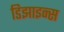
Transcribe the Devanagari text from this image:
डिझाइन्स